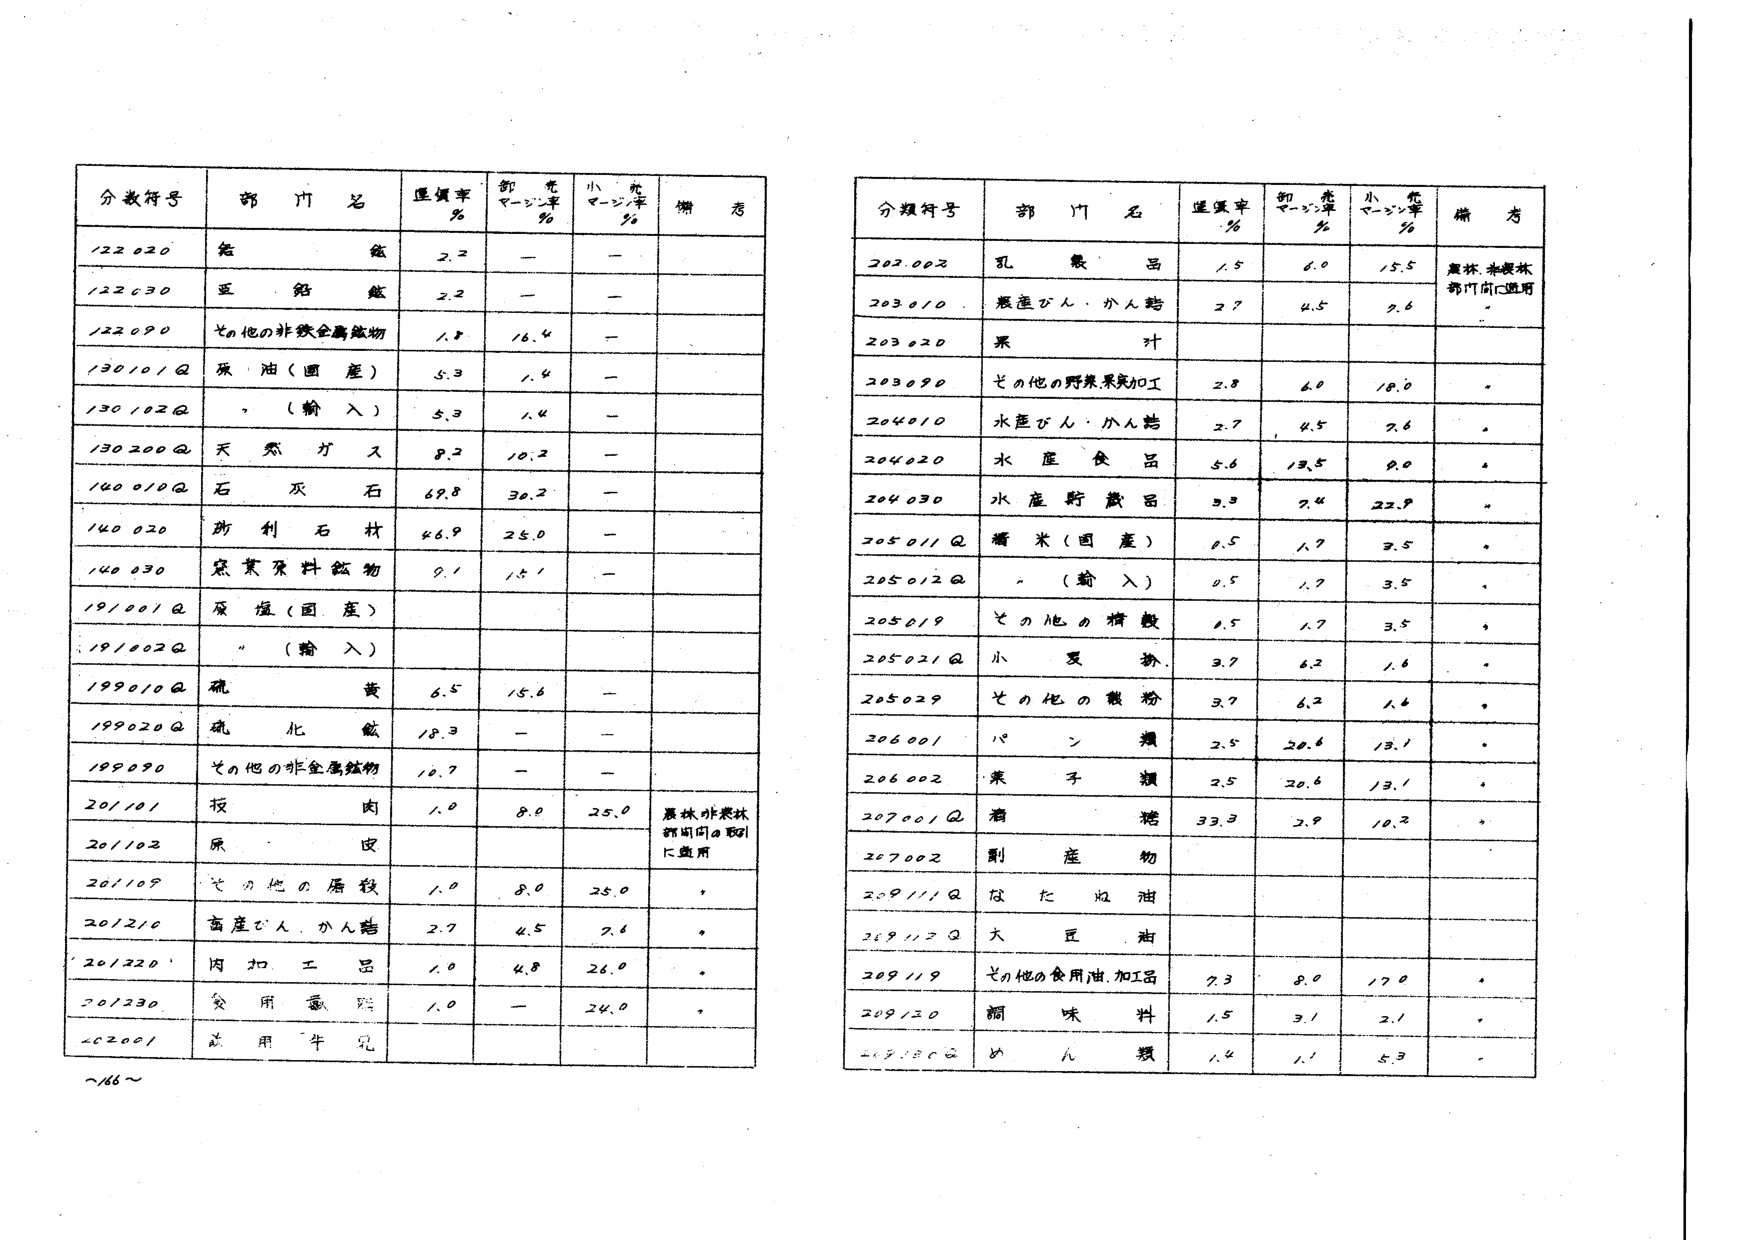
分類符号 部門名 進償率% 部門充マージン率% 小売マージン率% 備考
122020 鉄鉱 2.2 — —
122030 亜鉛鉱 2.2 — —
122090 その他の非鉄金属鉱物 1.8 16.4 —
130101Q 緑油（国産） 5.3 1.4 —
130102Q （輸入） 5.3 1.4 —
130200Q 天然ガス 9.2 10.2 —
140010Q 石灰石 69.8 30.2 —
140020 防刊石材 46.9 25.0 —
140030 窯業原料鉱物 9.1 15.1 —
191001Q 原塩（国産）
191002Q （輸入）
199010Q 硫黄 6.5 15.6 —
199020Q 硫化鉱 18.3 — —
199090 その他の非金属鉱物 10.7 — —
201101 肉 1.0 8.0 25.0 農林水産林部門間の取引に適用
201102 原皮
201109 その他の屠殺 1.0 8.0 25.0 •
201210 畜産びん・かん詰 2.7 4.5 7.6 •
201220 肉加工品 1.0 4.8 26.0 •
201230 食用臓器 1.0 — 24.0 •
402001 食用牛乳

分類符号 部門名 進償率% 部門充マージン率% 小売マージン率% 備考
202002 乳製品 1.5 6.0 15.5 農林水産林部門間に適用
203010 畜産びん・かん詰 2.7 4.5 7.6
203020 果汁
203090 その他の野菜果実加工 2.8 6.0 10.0 •
204010 水産びん・かん詰 2.7 4.5 7.6 •
204020 水産食品 5.6 13.5 9.0 •
204030 水産貯蔵品 3.3 7.4 22.9 •
205011Q 糖米（国産） 0.5 1.7 3.5 •
205012Q （輸入） 0.5 1.7 3.5 •
205019 その他の精穀 0.5 1.7 3.5 •
205021Q 小麦粉 3.7 6.2 1.6 •
205029 その他の穀粉 3.7 6.2 1.6 •
206001 パン類 2.5 20.6 13.1 •
206002 菓子類 2.5 20.6 13.1 •
207001Q 酒類 33.3 2.9 10.2 •
207002 副産物
209111Q なたね油
209112Q 大豆油
209119 その他の食用油、加工品 7.3 8.0 17.0 •
209120 調味料 1.5 3.1 2.1 •
209130 めん類 1.4 1.1 5.3 •

~166~